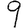
Digit: 9